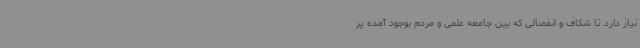
نیاز دارد تا شکاف و انفصالی که بین جامعه علمی و مردم بوجود آمده پر